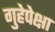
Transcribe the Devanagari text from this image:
गुहेपेक्षा